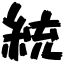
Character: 統